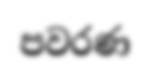
පවරණ